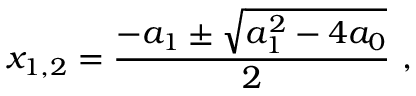
x _ { 1 , 2 } = \frac { - a _ { 1 } \pm \sqrt { a _ { 1 } ^ { 2 } - 4 a _ { 0 } } } { 2 } ~ , \nonumber